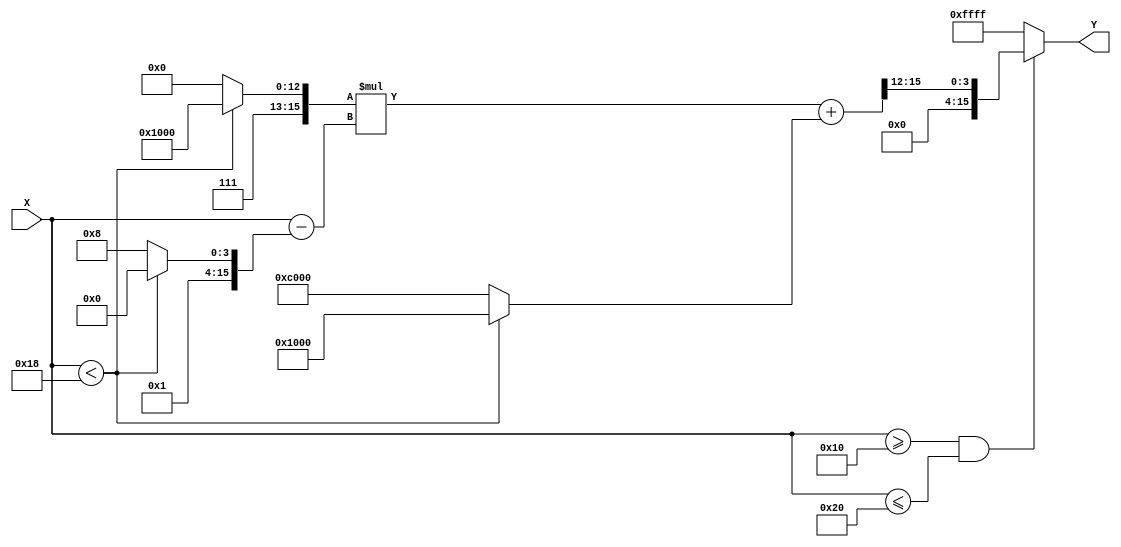
module pla_reciprocal (
    input wire [15:0] X,  // Input value (fixed-point, 16 bits)
    output reg [15:0] Y   // Output value (reciprocal, fixed-point, 16 bits)
);

// Define breakpoints and corresponding linear coefficients
// Example breakpoints for input range [1.0, 2.0] (scaled by factor 16)
localparam [15:0] BP0 = 16'h10; // 1.0
localparam [15:0] BP1 = 16'h18; // 1.5
localparam [15:0] BP2 = 16'h20; // 2.0

// Linear coefficients for each segment
// m (slope) and b (intercept) for each segment
localparam [15:0] M0 = 16'hF000; // Slope for segment [1.0, 1.5]
localparam [15:0] B0 = 16'h1000; // Intercept for segment [1.0, 1.5]

localparam [15:0] M1 = 16'hE000; // Slope for segment [1.5, 2.0]
localparam [15:0] B1 = 16'hC000; // Intercept for segment [1.5, 2.0]

reg [15:0] m, b;
reg [15:0] x0;

// Calculate the reciprocal using piecewise linear approximation
always @(*) begin
    // Default output
    Y = 16'hFFFF; // Invalid output (could be an error code)

    if (X < BP0 || X > BP2) begin
        // Input outside defined range
        Y = 16'hFFFF; // Error: input out of range
    end else if (X < BP1) begin
        // Segment [1.0, 1.5]
        m = M0;
        b = B0;
        x0 = BP0;
    end else begin
        // Segment [1.5, 2.0]
        m = M1;
        b = B1;
        x0 = BP1;
    end

    // Calculate the output Y using linear interpolation
    if (X >= BP0 && X <= BP2) begin
        Y = (m * (X - x0) + b) >> 12; // Right shift to scale down (fixed-point adjustment)
    end
end

endmodule